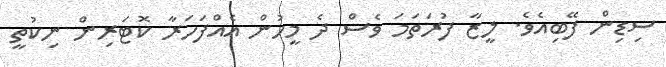
ސިޑިން ފޭބިއެވެ. ލީޒާ ފުރަތަމަ ވެސް ދެ މީހުން އެއްފަހަރާ ކޮޓަރިން ނިކުތީ